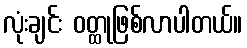
လုံးချင်း ဝတ္ထုဖြစ်လာပါတယ်။